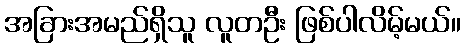
အခြားအမည်ရှိသူ လူတဦး ဖြစ်ပါလိမ့်မယ်။